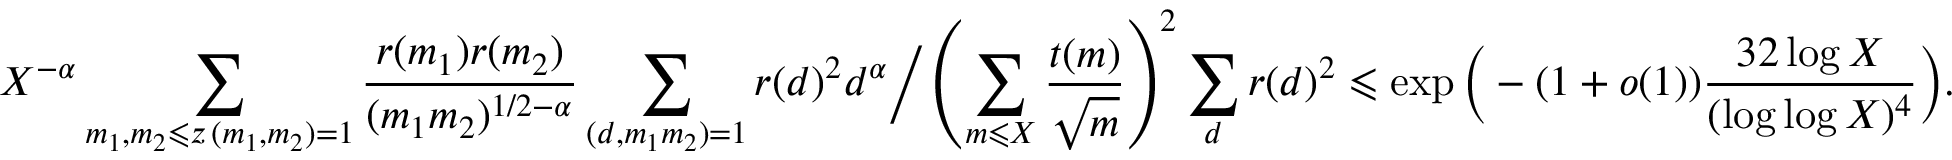
X ^ { - \alpha } \sum _ { \substack { m _ { 1 } , m _ { 2 } \leqslant z \, ( m _ { 1 } , m _ { 2 } ) = 1 } } \frac { r ( m _ { 1 } ) r ( m _ { 2 } ) } { ( m _ { 1 } m _ { 2 } ) ^ { 1 / 2 - \alpha } } \sum _ { ( d , m _ { 1 } m _ { 2 } ) = 1 } r ( d ) ^ { 2 } d ^ { \alpha } \Big / \left( \sum _ { m \leqslant X } \frac { t ( m ) } { \sqrt { m } } \right) ^ { 2 } \sum _ { d } r ( d ) ^ { 2 } \leqslant \exp \Big ( - ( 1 + o ( 1 ) ) \frac { 3 2 \log X } { ( \log \log X ) ^ { 4 } } \Big ) .